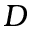
D